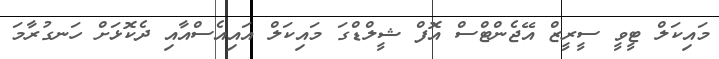
މައިކަލް ޓީވީ ސީރީޒް އޭޖެންޓްސް އޮފް ޝީލްޑްގަ މައިކަލް އައިއެސްއާއި ދެކޮޅަށް ހަނގުރާމަ